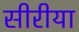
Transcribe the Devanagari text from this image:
सीरीया